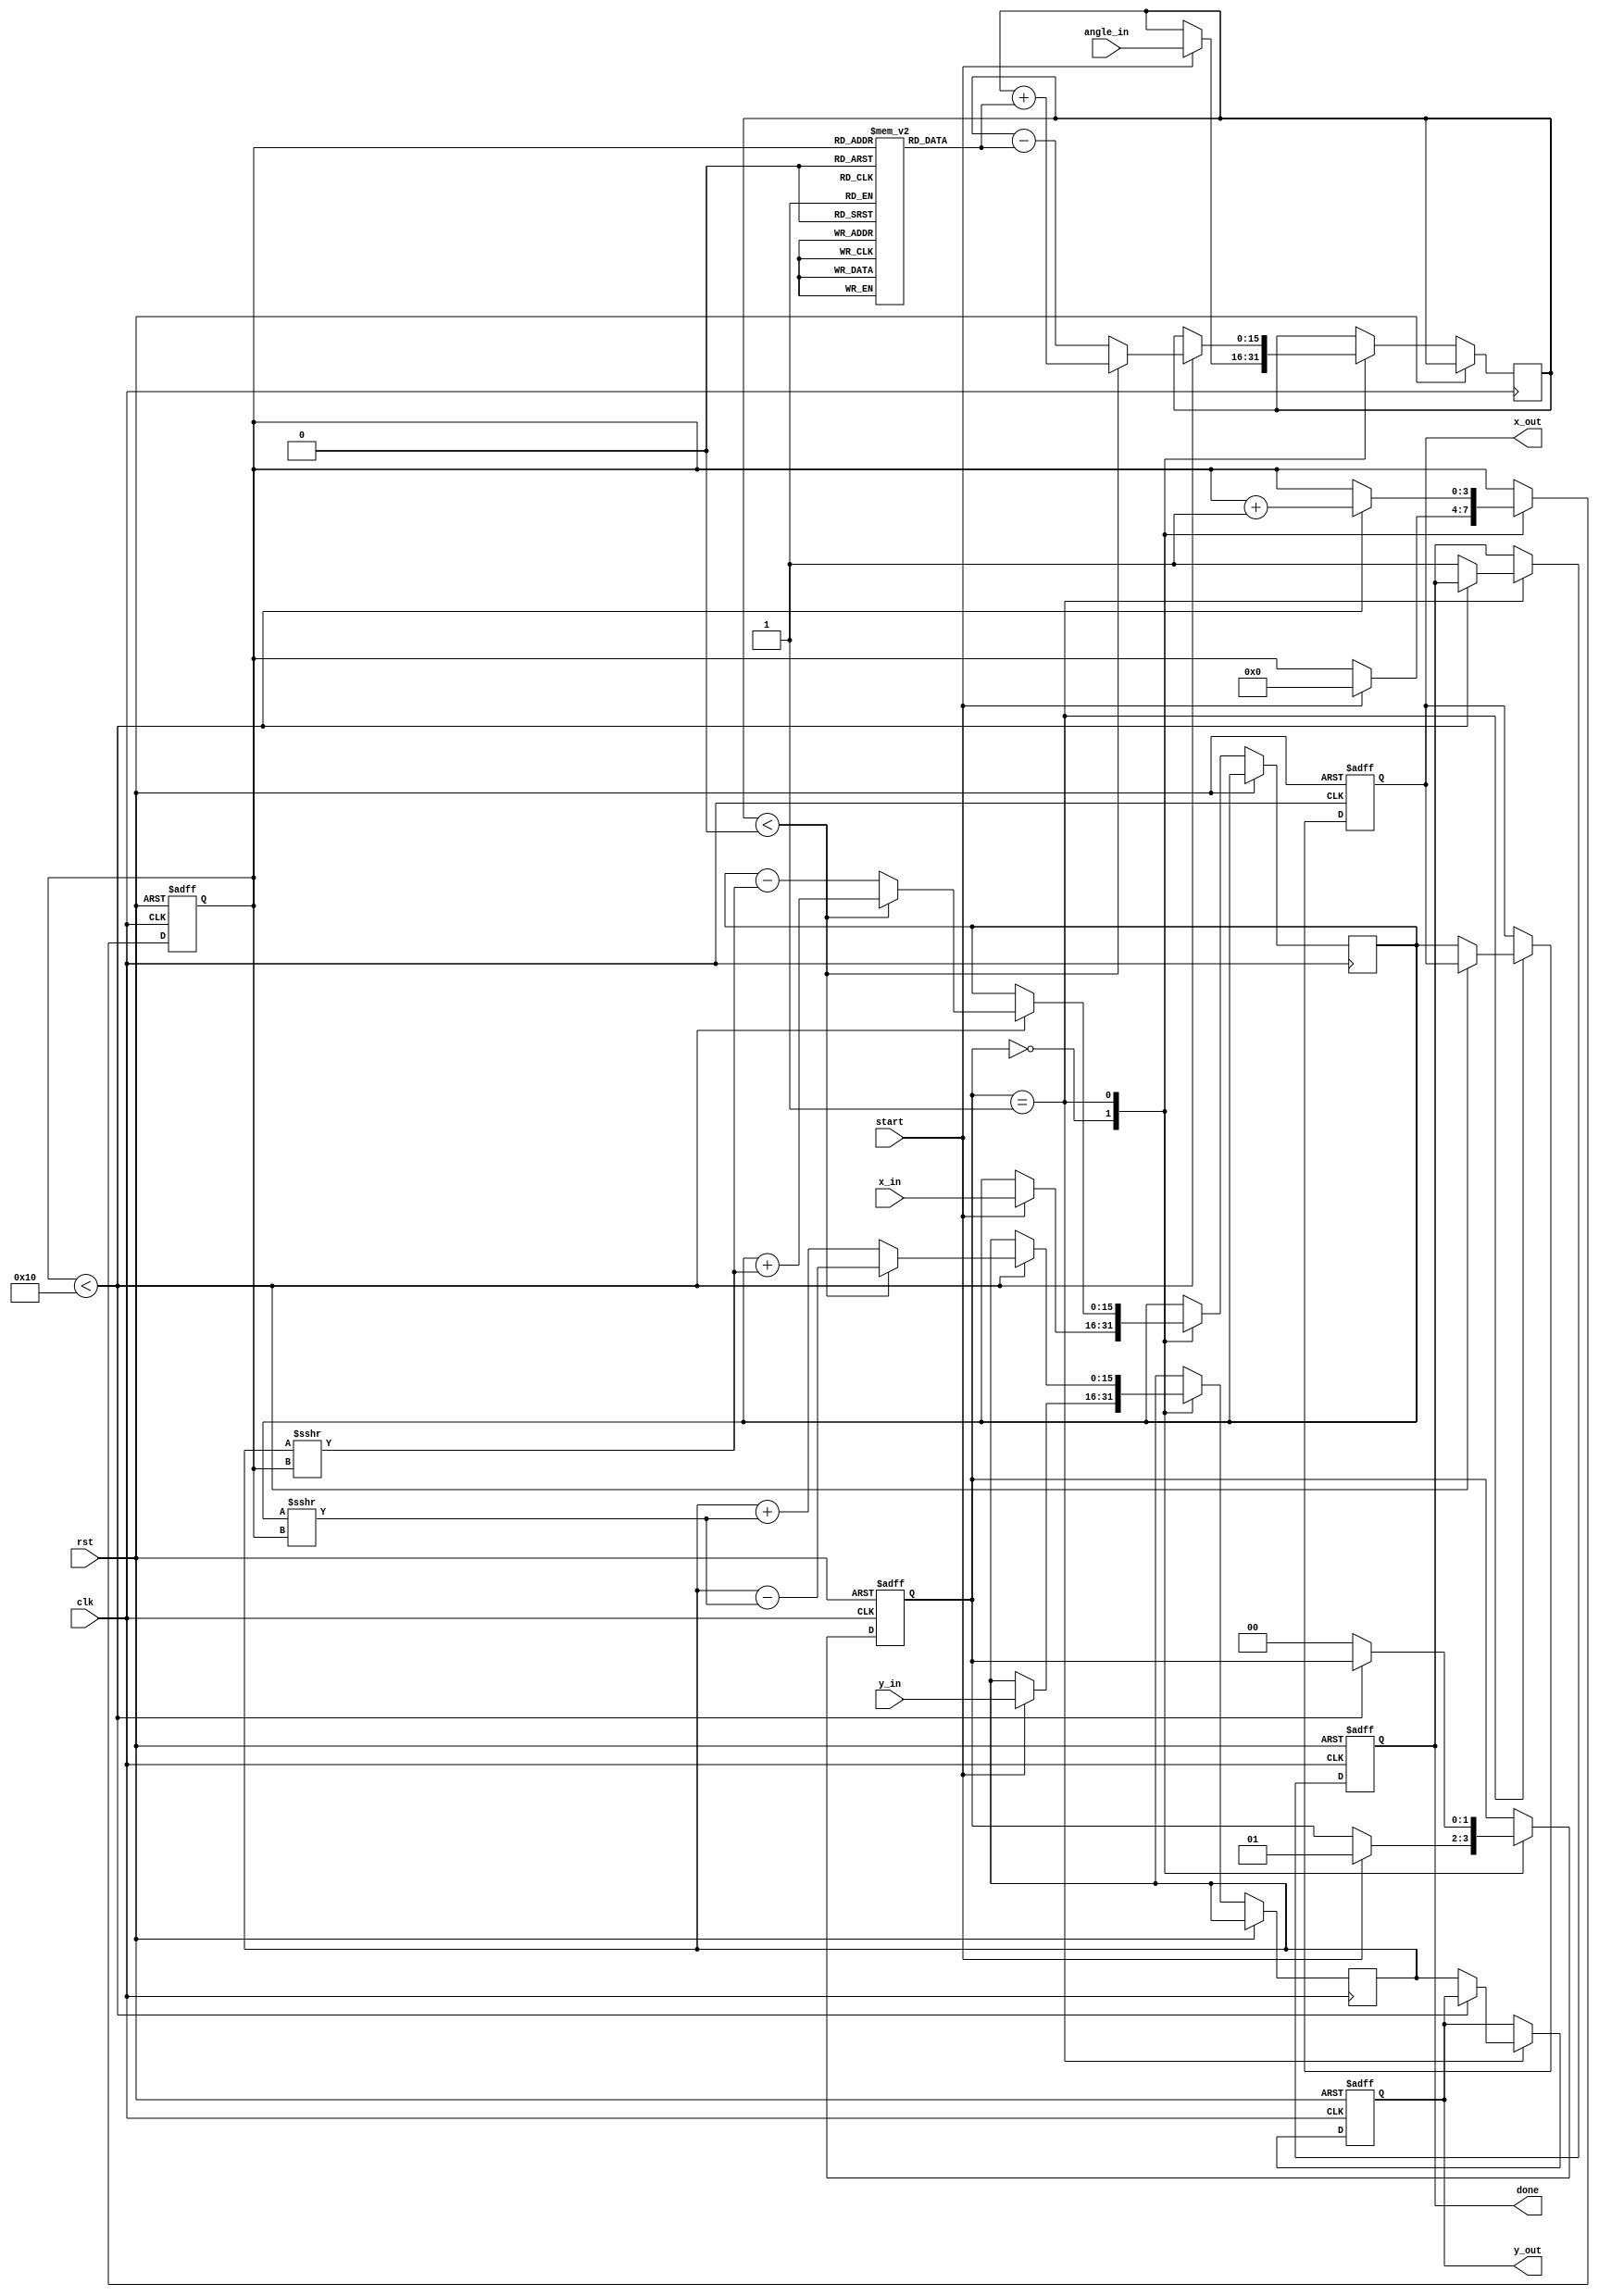
module cordic_2d (
    input wire clk,
    input wire rst,
    input wire start,
    input wire signed [15:0] x_in,
    input wire signed [15:0] y_in,
    input wire signed [15:0] angle_in,
    output reg signed [15:0] x_out,
    output reg signed [15:0] y_out,
    output reg done
);

    // CORDIC parameters
    parameter NUM_ITERATIONS = 16; // Number of iterations
    reg signed [15:0] z [0:NUM_ITERATIONS-1]; // Angle lookup table
    reg signed [15:0] x [0:NUM_ITERATIONS-1];
    reg signed [15:0] y [0:NUM_ITERATIONS-1];
    reg signed [15:0] x_curr, y_curr, z_curr;
    reg [3:0] i;
    reg [1:0] state;

    // Initializing the angle lookup table (arctan values)
    initial begin
        z[0] = 16'h3FFF; // atan(1) in fixed-point
        z[1] = 16'h1FFF; // atan(0.5)
        z[2] = 16'h0FFF; // atan(0.25)
        z[3] = 16'h07FF; // atan(0.125)
        // Initialize remaining angles...
    end

    // State machine for processing
    always @(posedge clk or posedge rst) begin
        if (rst) begin
            state <= 0;
            done <= 0;
            x_out <= 0;
            y_out <= 0;
            i <= 0;
        end else begin
            case (state)
                0: begin
                    if (start) begin
                        x_curr <= x_in;
                        y_curr <= y_in;
                        z_curr <= angle_in;
                        i <= 0;
                        state <= 1; // Move to iteration stage
                    end
                end
                1: begin
                    if (i < NUM_ITERATIONS) begin
                        // CORDIC rotation logic
                        if (z_curr < 0) begin
                            // Rotate clockwise
                            x_curr <= x_curr + (y_curr >>> i);
                            y_curr <= y_curr - (x_curr >>> i);
                            z_curr <= z_curr + z[i];
                        end else begin
                            // Rotate counterclockwise
                            x_curr <= x_curr - (y_curr >>> i);
                            y_curr <= y_curr + (x_curr >>> i);
                            z_curr <= z_curr - z[i];
                        end
                        i <= i + 1; // Increment iteration
                    end else begin
                        // Finished processing
                        x_out <= x_curr;
                        y_out <= y_curr;
                        done <= 1;
                        state <= 0; // Reset to idle state
                    end
                end
            endcase
        end
    end
endmodule